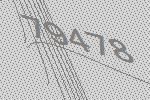
79478